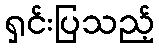
ရှင်းပြသည့်